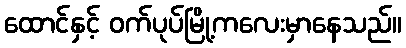
ထောင်နှင့် ဝက်ပုပ်မြို့ကလေးမှာနေသည်။